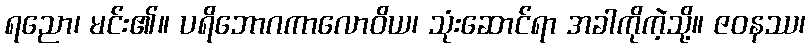
ရညော၊ မင်း၏။ ပရိဘောဂကာလောဝိယ၊ သုံးဆောင်ရာ အခါကိုကဲ့သို့။ ဇဝနဿ၊